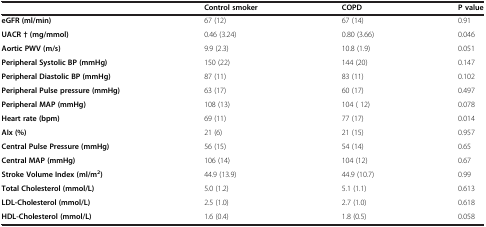
<table><thead><tr><td><b> </b></td><td><b>Control smoker</b></td><td><b>COPD</b></td><td><b>P value</b></td></tr></thead><tbody><tr><td><b>eGFR (ml/min)</b></td><td>67 (12)</td><td>67 (14)</td><td>0.91</td></tr><tr><td><b>UACR † (mg/mmol)</b></td><td>0.46 (3.24)</td><td>0.80 (3.66)</td><td>0.046</td></tr><tr><td><b>Aortic PWV (m/s)</b></td><td>9.9 (2.3)</td><td>10.8 (1.9)</td><td>0.051</td></tr><tr><td><b>Peripheral Systolic BP (mmHg)</b></td><td>150 (22)</td><td>144 (20)</td><td>0.147</td></tr><tr><td><b>Peripheral Diastolic BP (mmHg)</b></td><td>87 (11)</td><td>83 (11)</td><td>0.102</td></tr><tr><td><b>Peripheral Pulse pressure (mmHg)</b></td><td>63 (17)</td><td>60 (17)</td><td>0.497</td></tr><tr><td><b>Peripheral MAP (mmHg)</b></td><td>108 (13)</td><td>104 ( 12)</td><td>0.078</td></tr><tr><td><b>Heart rate (bpm)</b></td><td>69 (11)</td><td>77 (17)</td><td>0.014</td></tr><tr><td><b>AIx (%)</b></td><td>21 (6)</td><td>21 (15)</td><td>0.957</td></tr><tr><td><b>Central Pulse Pressure (mmHg)</b></td><td>56 (15)</td><td>54 (14)</td><td>0.65</td></tr><tr><td><b>Central MAP (mmHg)</b></td><td>106 (14)</td><td>104 (12)</td><td>0.67</td></tr><tr><td><b>Stroke Volume Index (ml/m</b><sup><b>2</b></sup><b>)</b></td><td>44.9 (13.9)</td><td>44.9 (10.7)</td><td>0.99</td></tr><tr><td><b>Total Cholesterol (mmol/L)</b></td><td>5.0 (1.2)</td><td>5.1 (1.1)</td><td>0.613</td></tr><tr><td><b>LDL-Cholesterol (mmol/L)</b></td><td>2.5 (1.0)</td><td>2.7 (1.0)</td><td>0.618</td></tr><tr><td><b>HDL-Cholesterol (mmol/L)</b></td><td>1.6 (0.4)</td><td>1.8 (0.5)</td><td>0.058</td></tr></tbody></table>